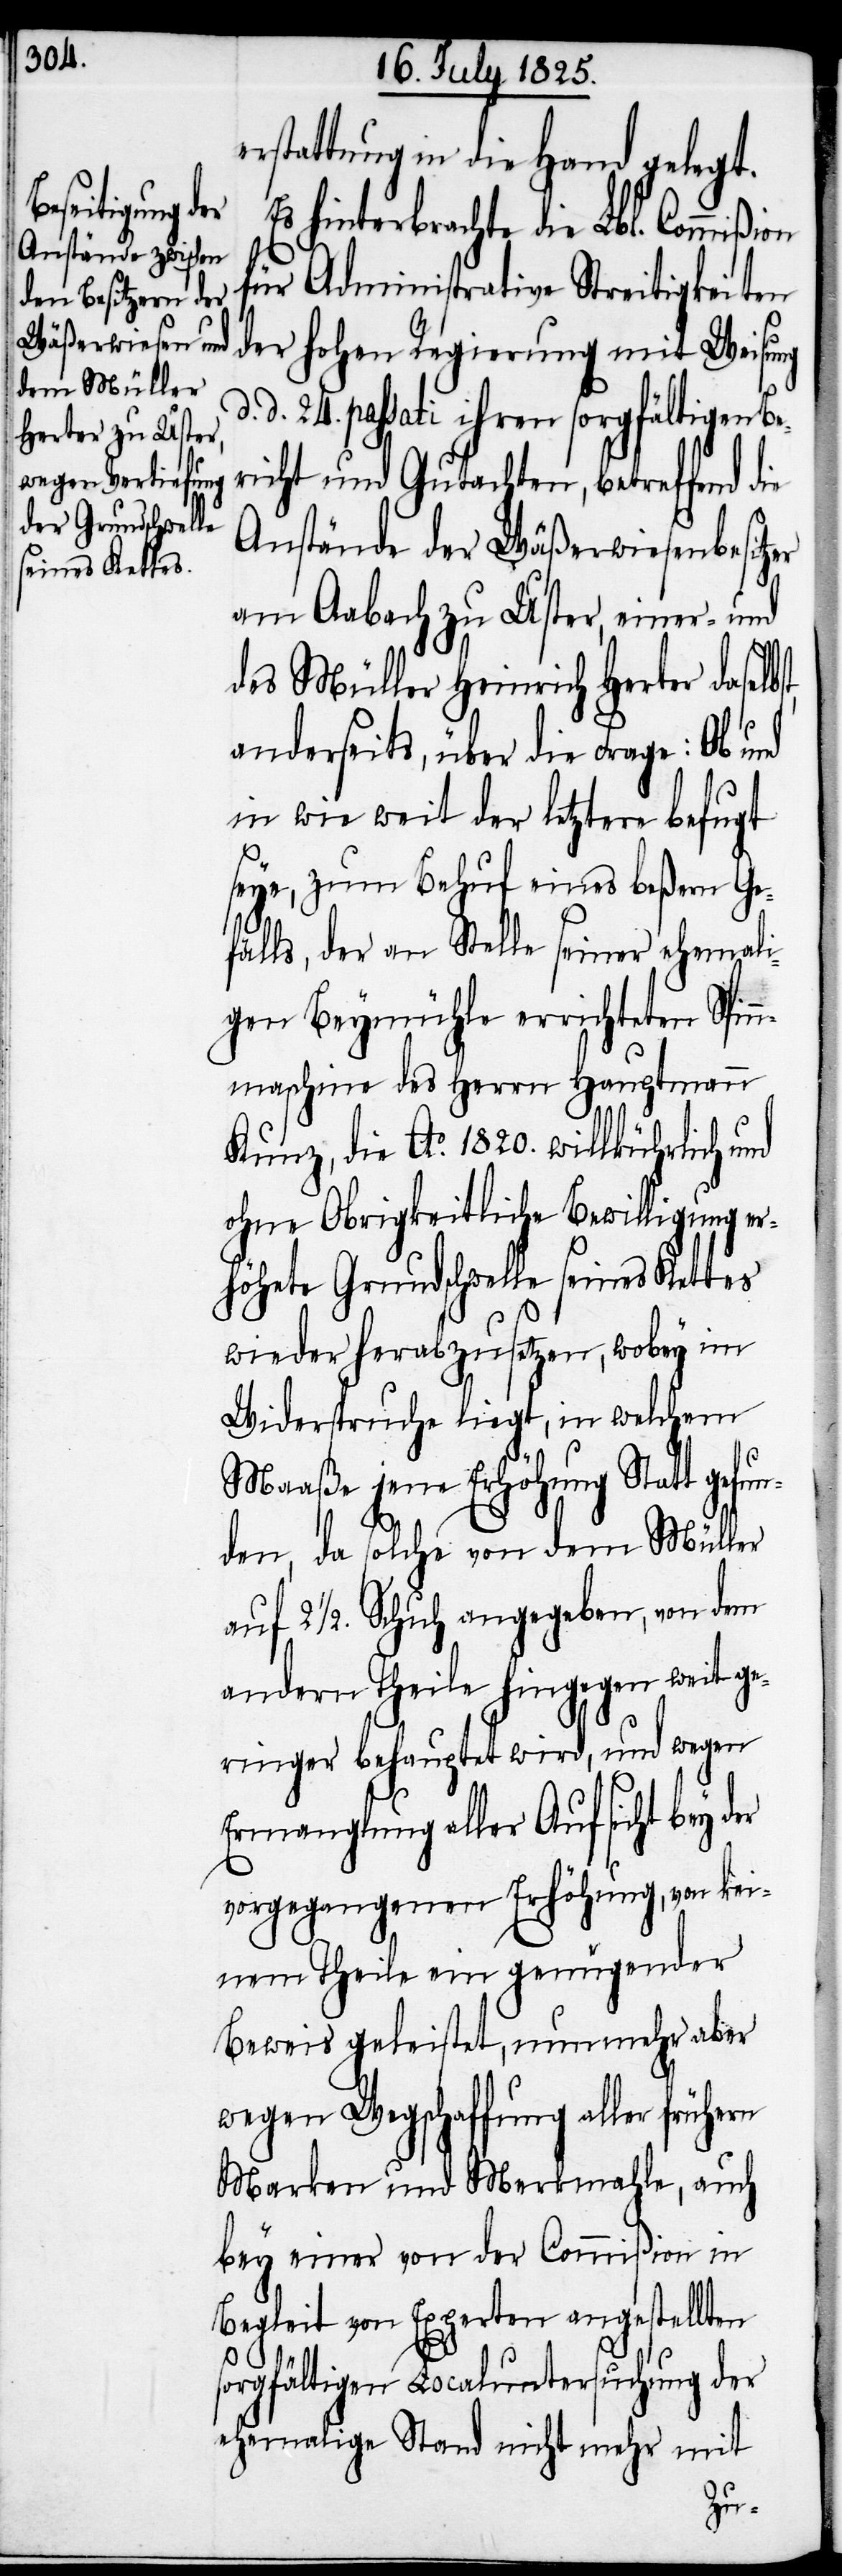
rstattung in die Hand gelegt.
hinterbrachte die Lbl. Commi¬
für Administrative Streitigkeiten
der hohen Regierung mit Weisung
d. d. 24. passati ihren sorgfältigen Be¬
richt und Gutachten, betreffend die
Anstände der Wäßerwiesenbesitzer
am Aabach zu Uster, einer- und
des Müller Heinrich Herter daselb¬
anderseits, über die Frage: Ob und
in wie weit der letztere befugt
seye, zum Behuf eines beßern Ge¬
fälls, der an Stelle seiner ehemali¬
gen Beymühle errichteten Spin¬
nmaschine des Herrn Hauptmann
Kunz, die Ao. 1820. willkührlich und
ohne Obrigkeitliche Bewilligung er¬
folgte Grundschwelle seines Kettes
wieder herabzusetzen, wobey im
Widerspruche liegt, in welchem
Maaße jene Erhöhung Statt gef¬
den, da solche von dem Müller
2. 1/2. Schuh angegeben, von dem
andern Theile hingegen weit ge¬
ringer behauptet wird, und wegen
Ermanglung aller Aufsicht bey der
vorgegangenen Erhöhung, von kei¬
nem Theile ein genügender
Beweis geleistet, nunmehr aber
wegen Wegschaffung aller frühern
Marken und Merkmale, auch
bey einer von der Commißion in
Begleit von Experten angestellten
sorgfältigen Localuntersuchung der
ehemalige Stand nicht mehr mit
un¬